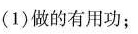
(1) 做的有用功：